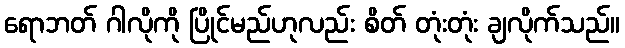
ရောဘတ် ဂါလိုကို ပြိုင်မည်ဟုလည်း စိတ် တုံးတုံး ချလိုက်သည်။